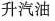
升汽油